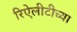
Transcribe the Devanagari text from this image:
रिऐलीटीच्या